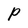
Character: P